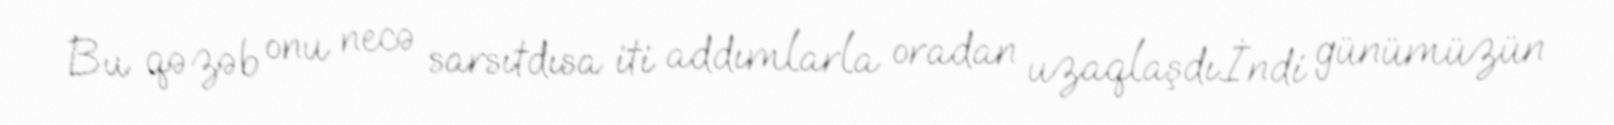
Bu qəzəb onu necə sarsıtdısa iti addımlarla oradan uzaqlaşdı.İndi günümüzün